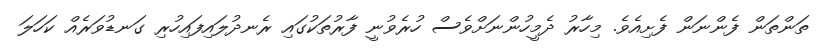
ތަންތަން ފެންނަން ފެށިއެވެ. މިހާރު ދެމީހުންނަށްވެސް ހުރެވުނީ ފާރުތަކުގައި ރެނދުލައިފައިހުރި ގަނޑުވަރެއް ކަހަލަ